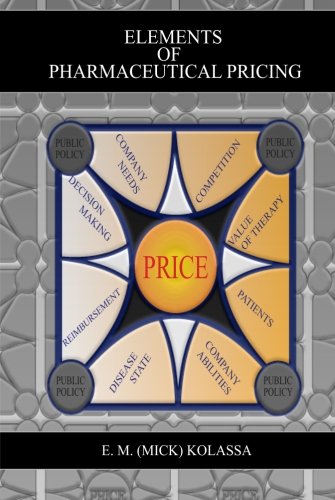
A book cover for Elements of Pharmaceutical Pricing; E. M. (Mick) Kolassa; Business & Money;